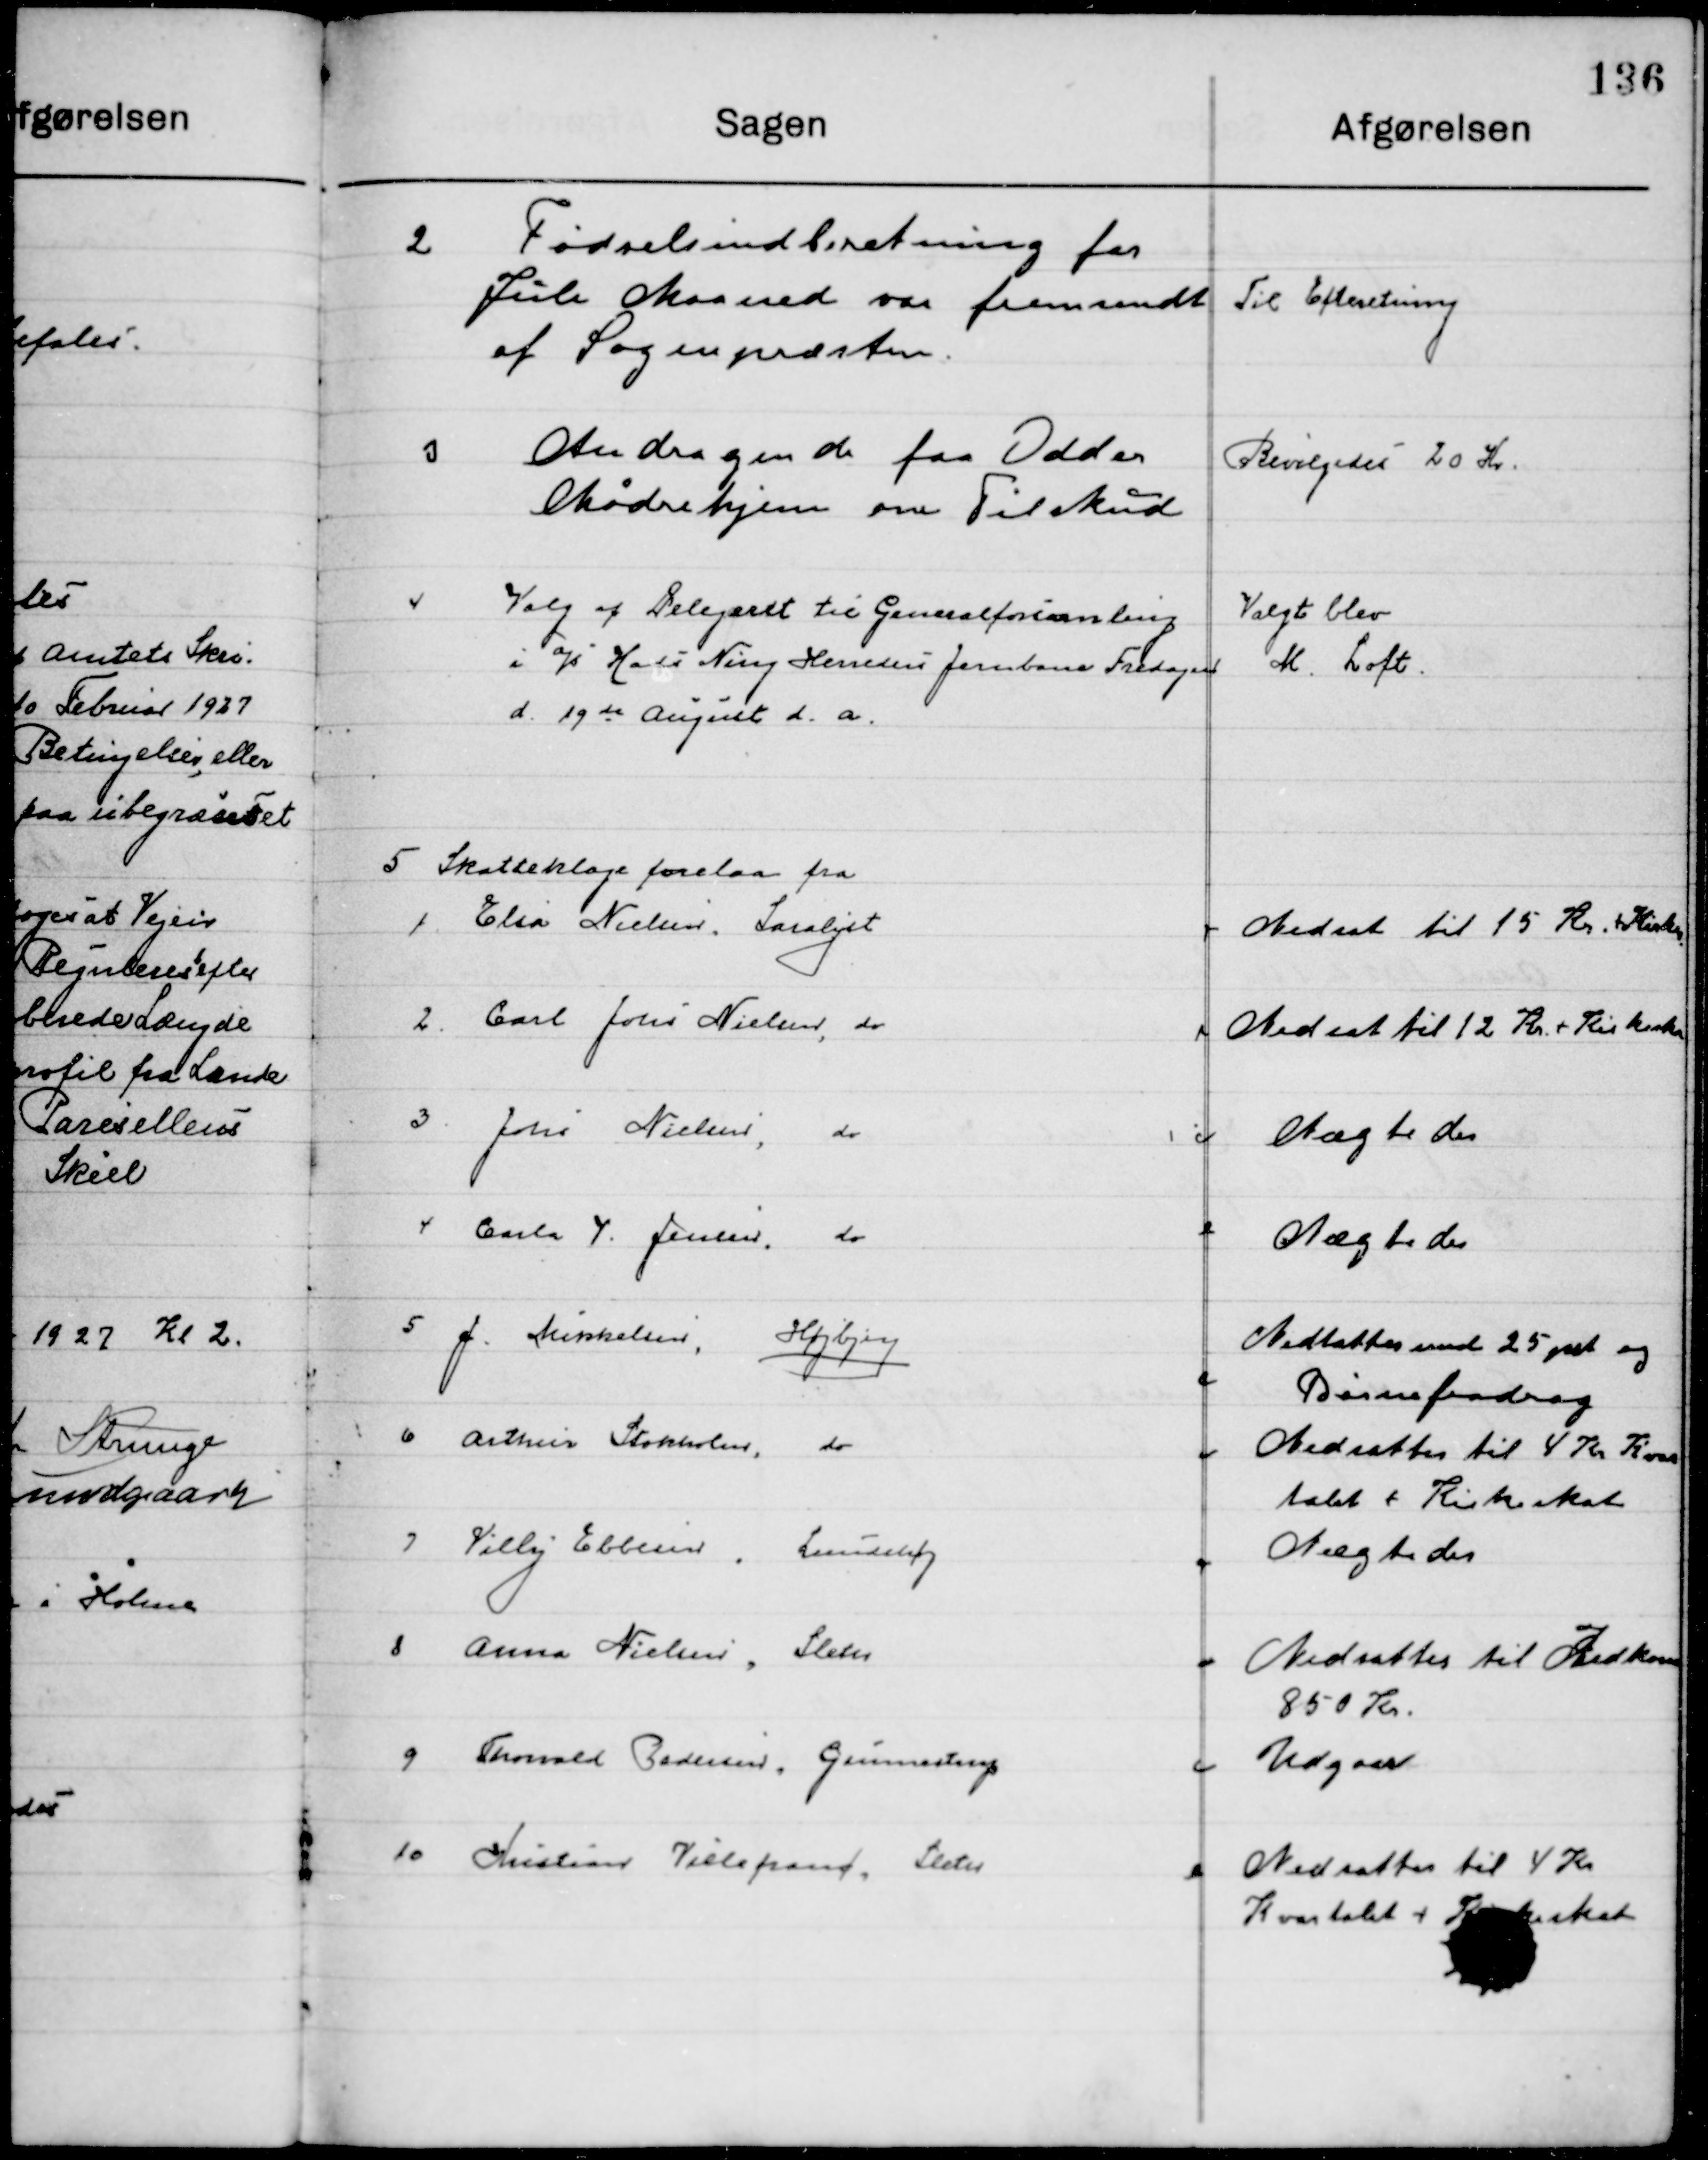
Transskription:
2

Fødselsindberetning for
Juli Maaned var fremsendt fra 
af Sognepræsten.

Til Efterretning

3

Andragende fra Odder
Mødrehjem om Tilskud

Bevilgedes 20 Kr.

4

Valg af Delegeret til Generalforsamling 		
I a/s Hads Ning Herreders Jernbane Fredagen 	
d. 19de August d. a.

Valgt blev
M. Loft.

5

Skatteklage forelaa fra